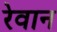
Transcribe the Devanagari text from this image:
रेवान